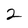
Character: 2